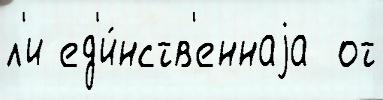
л'и ед'и́нств'еннаjа  от